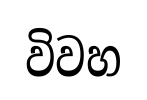
විවහ